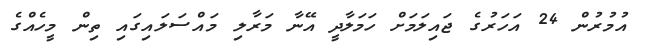
އުމުރުން 24 އަހަރުގެ ޖައިލަމަށް ހަމަލާދީ އޭނާ މަރާލި މައްސަލައިގައި ތިން މީހެއްގެ